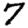
Digit: 7